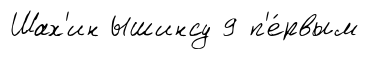
Шах'ин Ышинсу 9 п'е́рвым